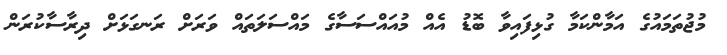
މުޖުތަމައުގެ އަމާންކަމާ ގުޅިފައިވާ ބޮޑު އެއް މުއައްސަސާގެ މައްސަލަތައް ވަރަށް ރަނގަޅަށް ދިރާސާކުރަން